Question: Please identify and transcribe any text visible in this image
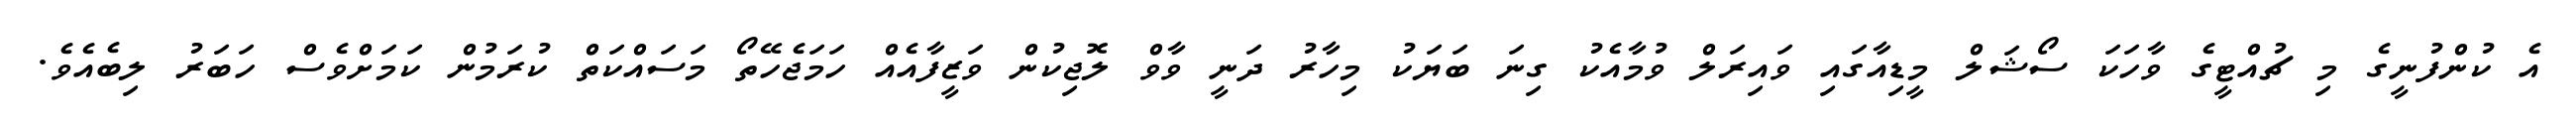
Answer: އެ ކުންފުނީގެ މި ޗުއްޓީގެ ވާހަކަ ސޯޝަލް މީޑިއާގައި ވައިރަލް ވުމާއެކު ގިނަ ބަޔަކު މިހާރު ދަނީ ވާވް ލޮޖިކުން ވަޒީފާއެއް ހަމަޖެހޭތޯ މަސައްކަތް ކުރަމުން ކަމަށްވެސް ހަބަރު ލިބެއެވެ.